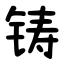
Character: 铸